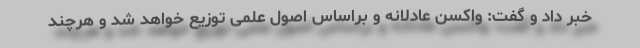
خبر داد و گفت: واکسن عادلانه و براساس اصول علمی توزیع خواهد شد و هرچند